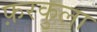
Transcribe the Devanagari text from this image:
फ़रकुला